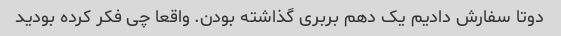
دوتا سفارش دادیم یک دهم بربری گذاشته بودن. واقعا چی فکر کرده بودید